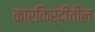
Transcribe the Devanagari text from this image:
कारकिर्दीतील